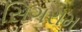
સિગરામ